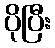
ပိုပြီး